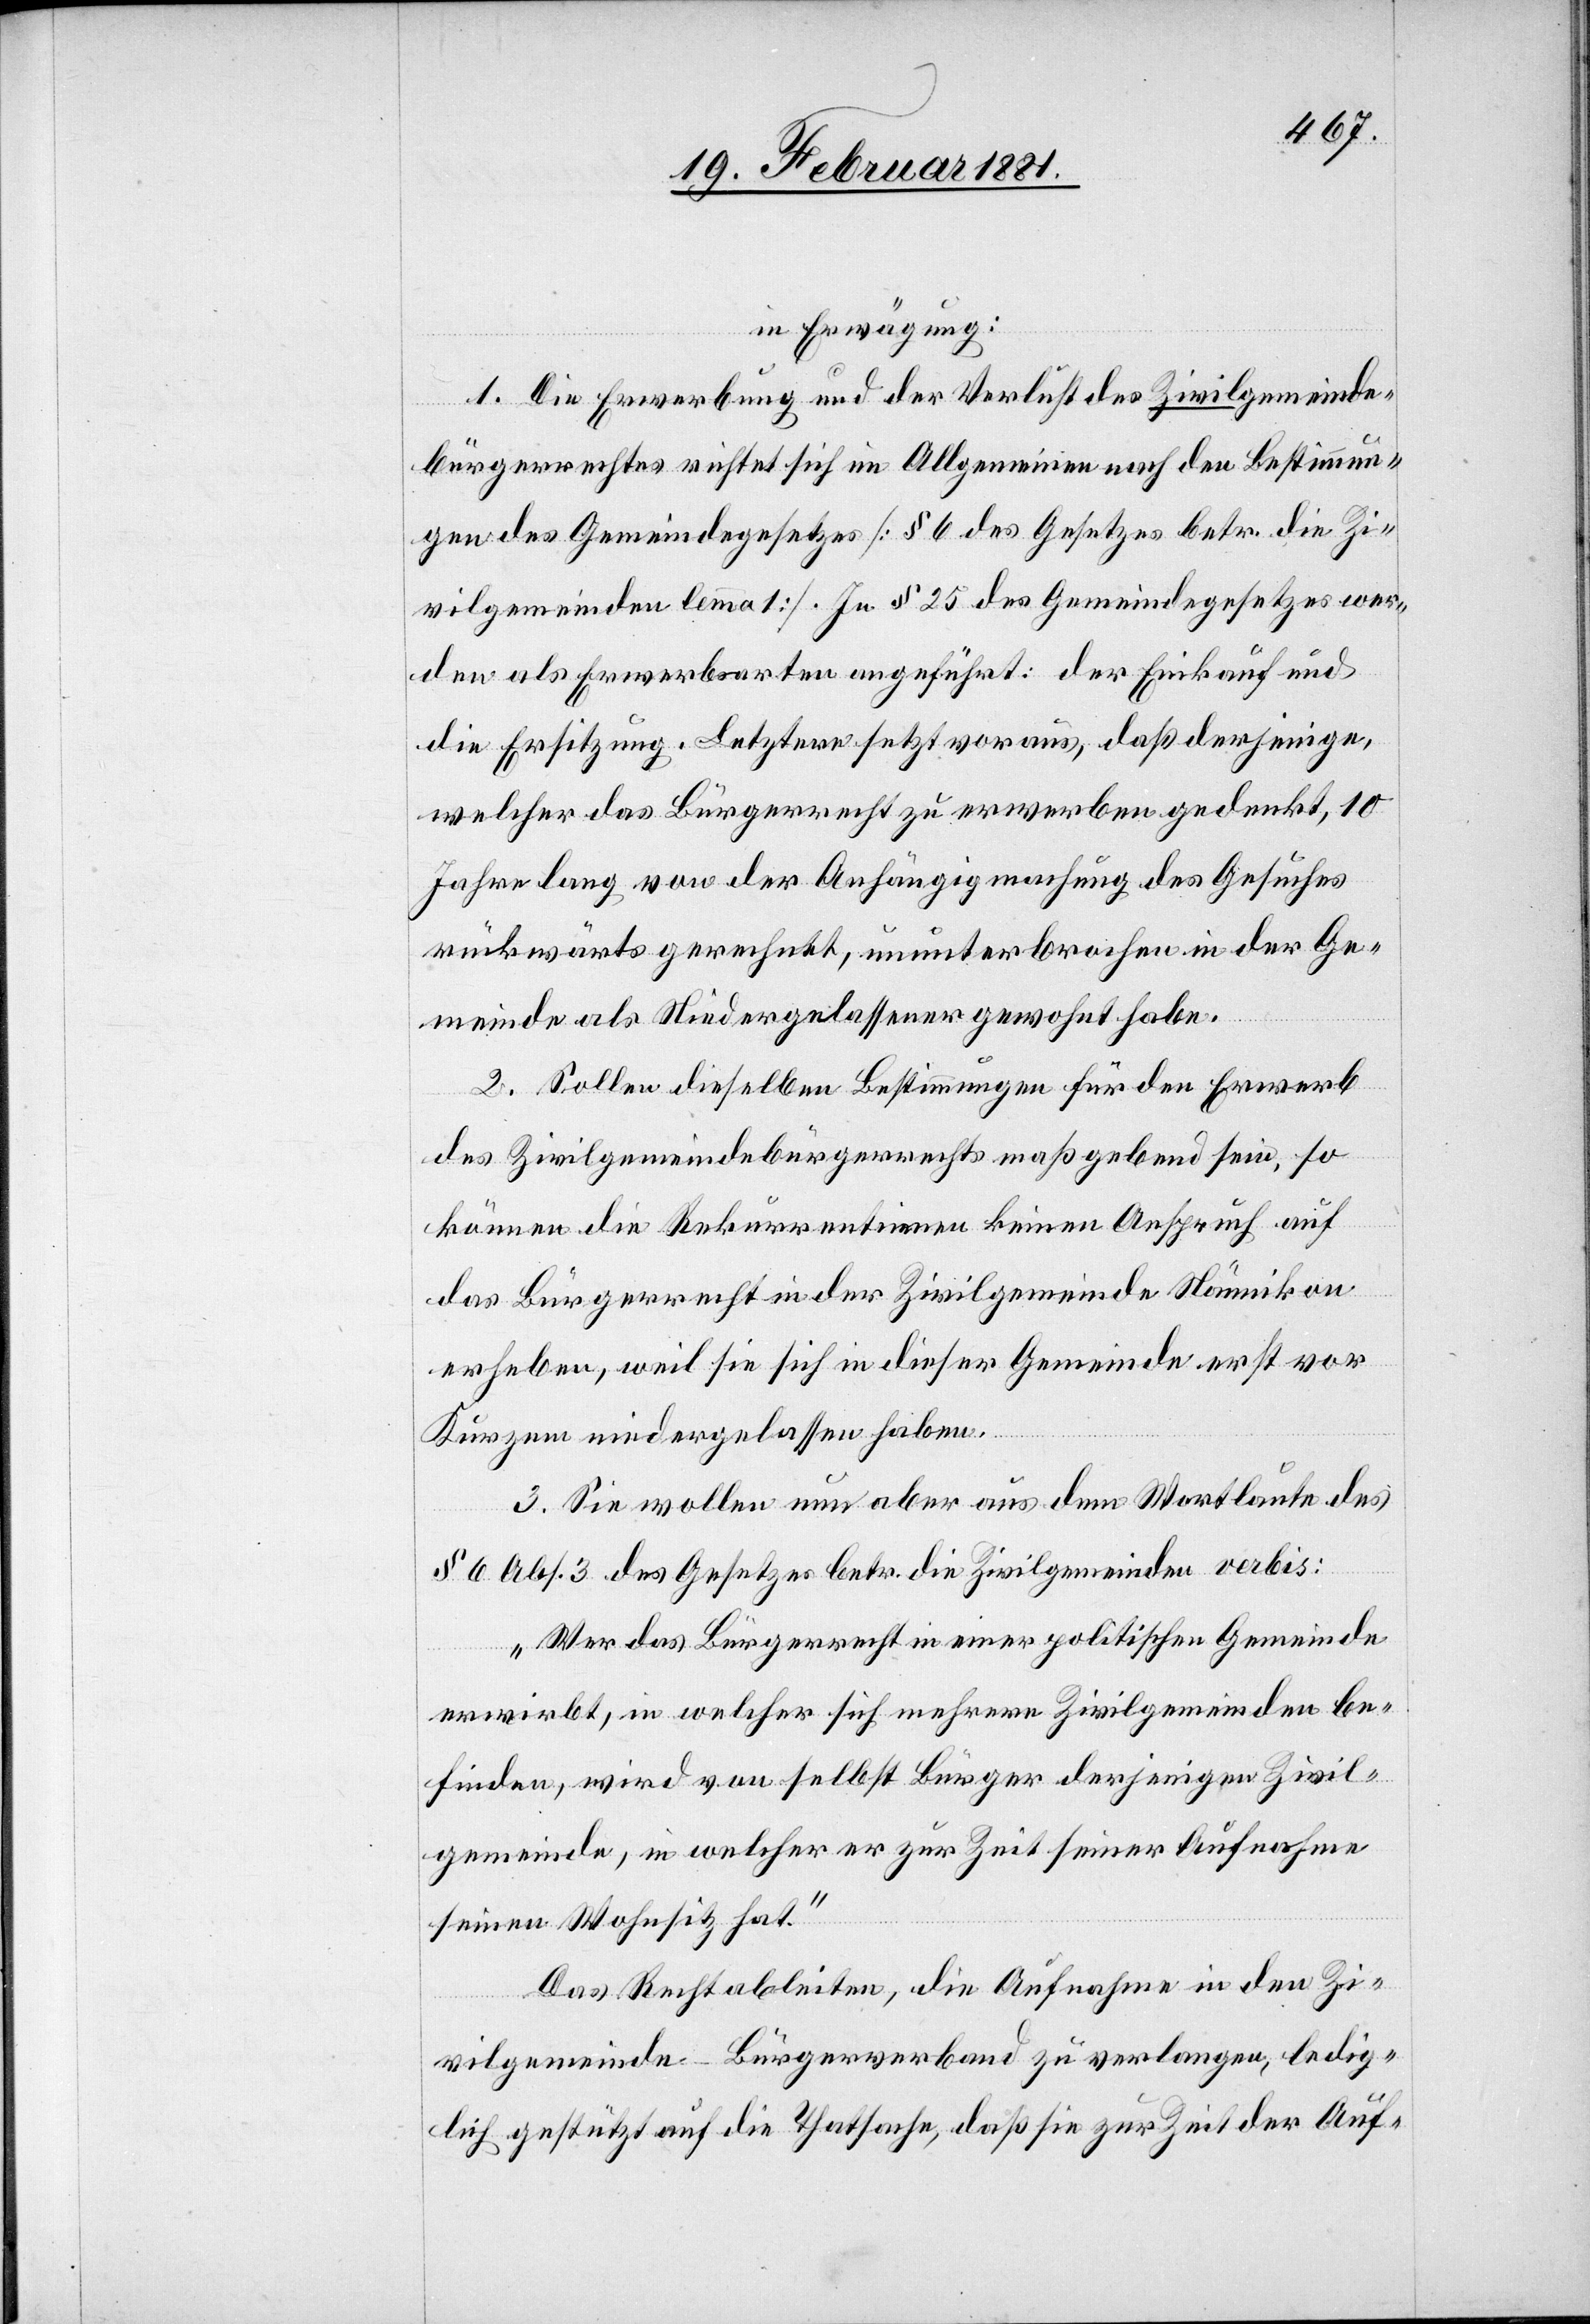
in Erwägung:
1. Die Erwerbung und der Verlust des Zivilgemeinde¬
wer¬
bürgerrechtes richtet sich im Allgemeinen nach den Bestimmun¬
gen des Gemeindegesetzes [§ 6 des Gesetzes betr. die Zi¬
den als Erwerbungsarten angeführt: der Einkauf und
die Ersitzung. Letztere setzt voraus, daß derjenige,
welcher das Bürgerrecht zu erwerben gedenkt, 10
Jahre lang von der Anhängigmachung des Gesuches
rückwärts gerechnet, ununterbrochen in der Ge¬
meinde als Niedergelassener gewohnt habe.
2. Sollen dieselben Bestimmungen für den Erwerb
des Zivilgemeindebürgerrechts maßgebend sein, so
können die Rekurrentinnen keinen Anspruch auf
das Bürgerrecht in der Zivilgemeinde Nänikon
erheben, weil sie sich in dieser Gemeinde erst vor
kurzem niedergelassen haben.
3. Sie wollen nun aber aus dem Wortlaute des
des
§ 6 Abs. 3 des Gesetzes betr. die Zivilgemeinden verbis:
„Wer das Bürgerrecht in einer politischen Gemeinde
erwirbt, in welcher sich mehrere Zivilgemeinden be¬
finden, wird von selbst Bürger derjenigen Zivil¬
gemeinde, in welcher er zur Zeit seiner Aufnahme
seinen Wohnsitz hat.“
Das Recht ableiten, die Aufnahme in den Zi¬
vilgemeinde-Bürgerverband zu verlangen, ledig¬
lich gestützt auf die Thatsache, daß sie zur Zeit der Auf-